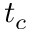
t _ { c }